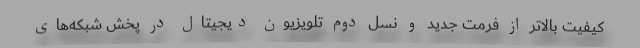
کیفیت بالاتر از فرمت جدید و نسل دوم تلویزیون دیجیتال در پخش شبکه‌های